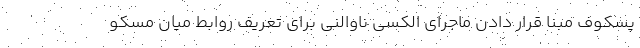
پسکوف مبنا قرار دادن ماجرای الکسی ناوالنی برای تعریف روابط میان مسکو